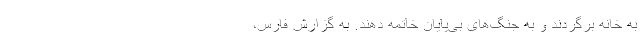
به خانه برگردند و به جنگ‌های بی‌پایان خاتمه دهند. به گزارش فارس،